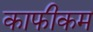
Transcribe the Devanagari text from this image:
काफीकम